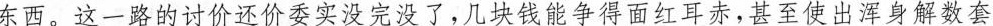
东西，这一路的讨价还价要实没完没了，几块钱能得面红耳赤，甚至使出身解数套